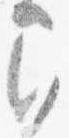
間